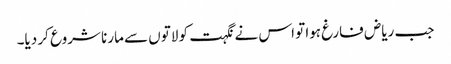
جب ریاض فارغ ہوا تو اس نے نگہت کو لاتوں سے مارنا شروع کر دیا۔